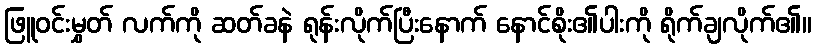
ဖြူဝင်းမွှတ် လက်ကို ဆတ်ခနဲ ရုန်းလိုက်ပြီးနောက် နောင်စိုး၏ပါးကို ရိုက်ချလိုက်၏။